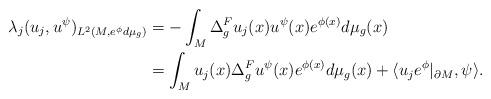
LaTeX: \begin{align*} \lambda_j(u_j,u^\psi)_{L^2(M,e^\phi d\mu_g)} &= - \int_M \Delta_g^Fu_j(x) u^\psi(x) e^{\phi(x)} d\mu_g(x)\\ &= \int_M u_j(x) \Delta_g^Fu^\psi(x) e^{\phi(x)} d\mu_g(x) + \langle u_je^\phi\arrowvert_{\partial M}, \psi\rangle. \end{align*}